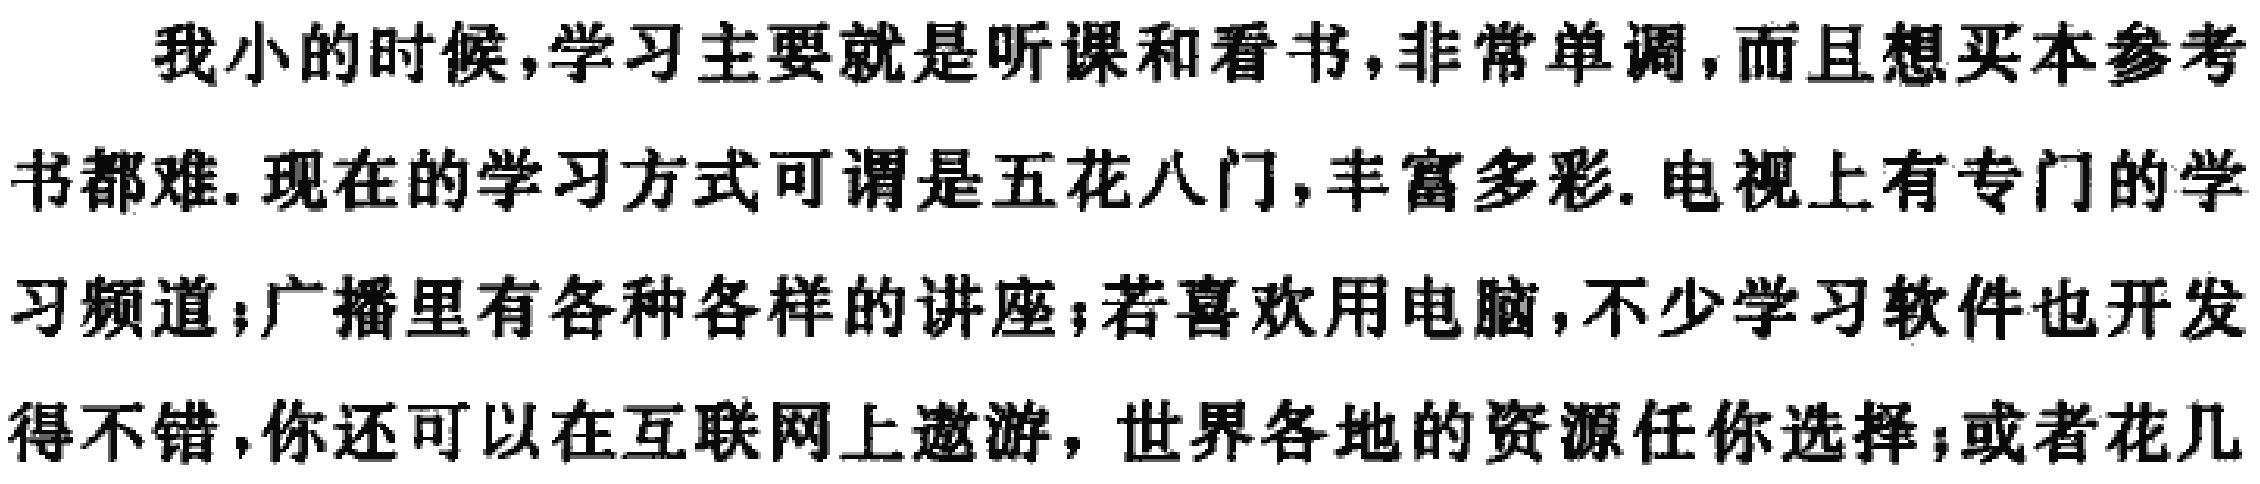
我小的时候,学习主要就是听课和看书,非常单调,而且想买本参考书都难.现在的学习方式可谓是五花八门,丰富多彩.电视上有专门的学习频道;广播里有各种各样的讲座;若喜欢用电脑,不少学习软件也开发得不错,你还可以在互联网上遨游，世界各地的资源任你选择;或者花几